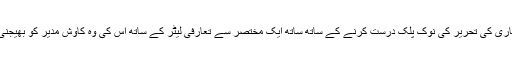
نئے لکھاری کی تحریر کی نوک پلک درست کرنے کے ساتھ ساتھ ایک مختصر سے تعارفی لیٹر کے ساتھ اس کی وہ کاوش مدیر کو بھیجنی چاہیے۔